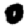
Digit: 0